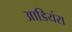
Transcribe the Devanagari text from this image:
आडियंस